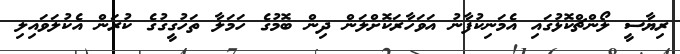
ރިޔާސީ ލޯންޗްކޮޅުގައި އެމަނިކުފާނު އަވަހާރަކޮށްލަން ދިން ބޮމުގެ ހަމަލާ ތަހުގީގުގެ ކުރަން އެކުލަވައިލި